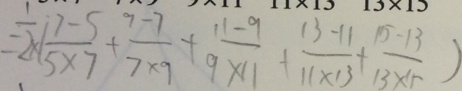
= \frac { 1 } { 2 } \times ( \frac { 7 - 5 } { 5 \times 7 } + \frac { 9 - 7 } { 7 \times 9 } + \frac { 1 1 - 9 } { 9 \times 1 1 } + \frac { 1 3 - 1 1 } { 1 1 \times 1 3 } + \frac { 1 5 - 1 3 } { 1 3 \times 1 5 } )